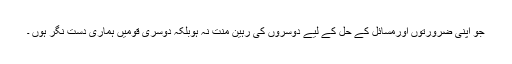
جو اپنی ضرورتوں اورمسائل کے حل کے لیے دوسروں کی رہین منت نہ ہوبلکہ دوسری قومیں ہماری دست نگر ہوں ۔